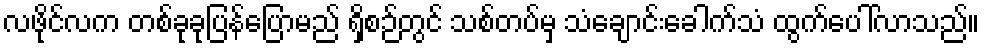
လဖိုင်လက တစ်ခုခုပြန်ပြောမည် ရှိစဉ်တွင် သစ်တပ်မှ သံချောင်းခေါက်သံ ထွက်ပေါ်လာသည်။